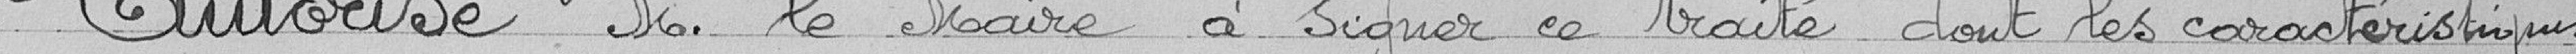
Autorise Monsieur le Maire à signer ce traité dont les caractéristiques